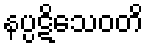
နပ္ပဋိသေဝတိ